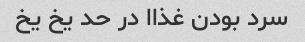
سرد بودن غذاا در حد یخ یخ